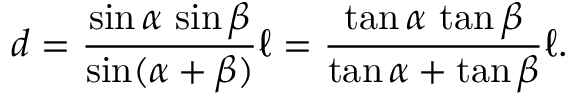
d = { \frac { \sin \alpha \, \sin \beta } { \sin ( \alpha + \beta ) } } \ell = { \frac { \tan \alpha \, \tan \beta } { \tan \alpha + \tan \beta } } \ell .